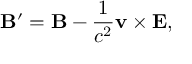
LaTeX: \mathbf { B } ^ { \prime } = \mathbf { B } - { \frac { 1 } { c ^ { 2 } } } \mathbf { v } \times \mathbf { E } ,